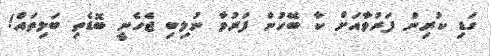
ގަޑި ކުރިން ފަރުވާއަށް ކާ ބޭހުން ފަރުވާ ނުލިބި ޖެހެނީ ބޮޑެތި ބަލިތައް!